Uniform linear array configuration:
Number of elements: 24
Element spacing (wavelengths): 0.75
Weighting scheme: hamming
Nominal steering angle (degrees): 0
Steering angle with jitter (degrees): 1.358
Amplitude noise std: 0.05
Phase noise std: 0.05

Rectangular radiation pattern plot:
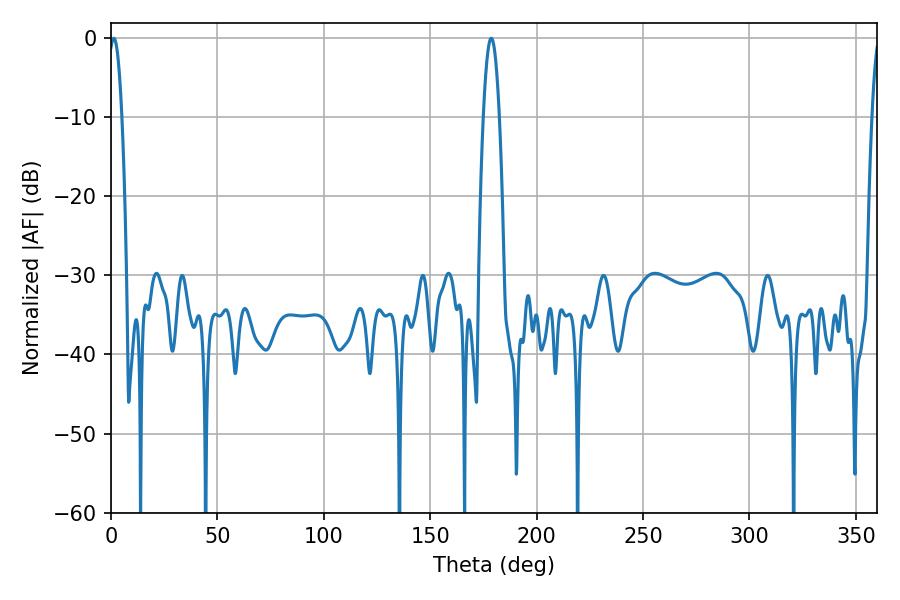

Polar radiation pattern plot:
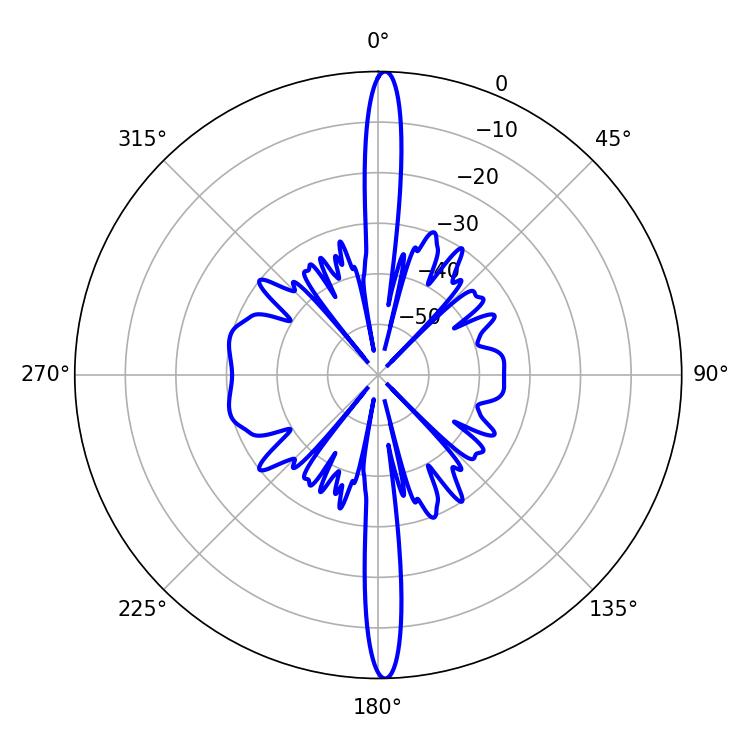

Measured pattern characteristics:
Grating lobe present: TRUE
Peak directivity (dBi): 28.152
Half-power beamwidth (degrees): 3.42
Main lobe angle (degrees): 1.26